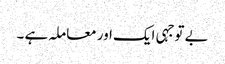
بے توجہی ایک اور معاملہ ہے ۔